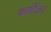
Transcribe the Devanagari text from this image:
कार्टिअर